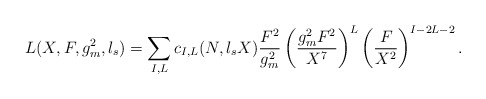
\begin{align*}L(X,F,g^2_{m},l_s)=\sum_{I,L}c_{I,L}(N,l_sX){F^2\over g_{m}^2}\left ({g^2_{m}F^2\over X^{7}}\right )^L\left ({F\over X^2}\right )^{I-2L-2}.\end{align*}